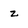
Character: z